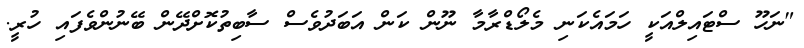
"ނަހޫ ސްޓައިލްއަކީ ހަމައެކަނި މެލޯޑްރާމާ ނޫން ކަން އަބަދުވެސް ސާބިތުކޮށްދޭން ބޭނުންވެފައި ހުރީ.